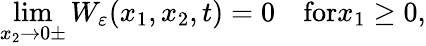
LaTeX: \operatorname*{lim}_{x_{2}\rightarrow 0\pm}W_{\varepsilon}(x_{1},x_{2},t)=0\quad\textrm{for}x_{1}\geq 0,